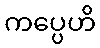
ကပ္ပေဟိ